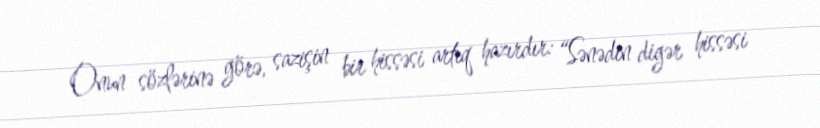
Onun sözlərinə görə, sazişin bir hissəsi artıq hazırdır: “Sənədin digər hissəsi